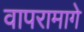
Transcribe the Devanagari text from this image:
वापरामागे